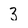
Character: 3